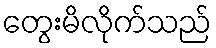
တွေးမိလိုက်သည်